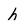
Character: h